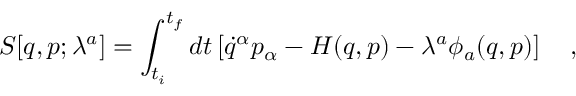
S [ q , p ; \lambda ^ { a } ] = \int _ { t _ { i } } ^ { t _ { f } } d t \left[ \dot { q } ^ { \alpha } p _ { \alpha } - H ( q , p ) - \lambda ^ { a } \phi _ { a } ( q , p ) \right] \ \ \ ,